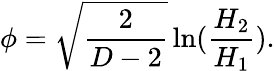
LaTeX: \phi=\sqrt{\frac{2}{D-2}}\ln(\frac{H_{2}}{H_{1}}).